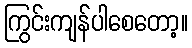
ကြွင်းကျန်ပါစေတော့။